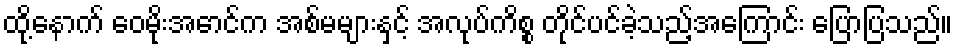
ထို့နောက် ဝေမိုးအောင်က အစ်မများနှင့် အလုပ်ကိစ္စ တိုင်ပင်ခဲ့သည့်အကြောင်း ပြောပြသည်။